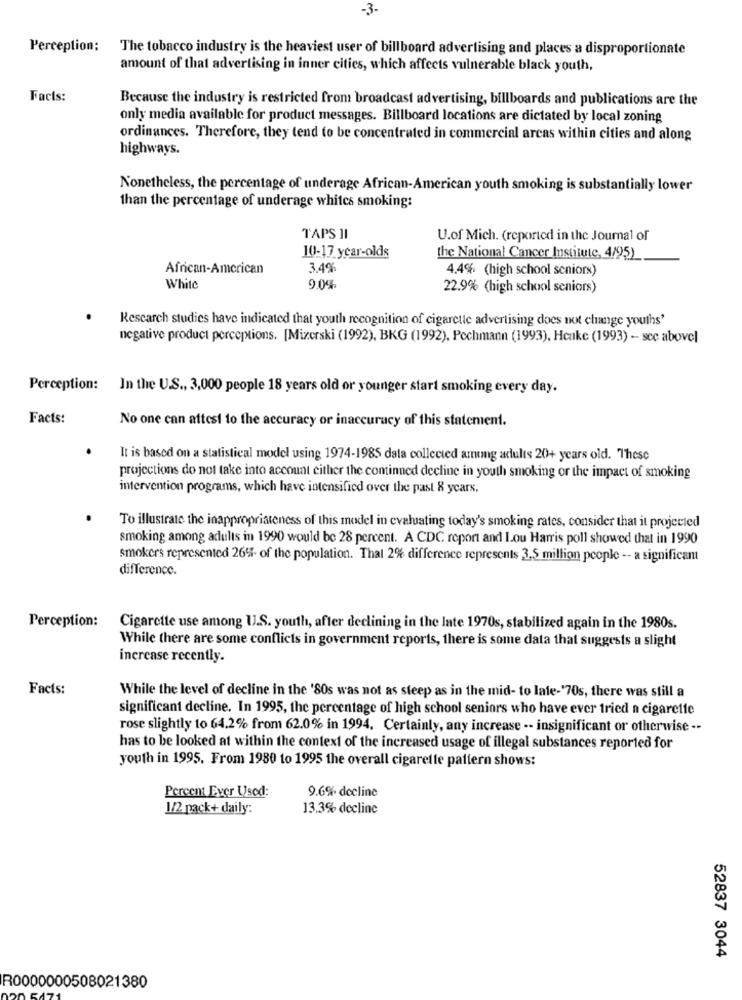
-3.
Perception:
The tobacco industry is the heaviest user of billboard advertising and places a disproportionate
amount of that advertising in inner cities, which affects vulnerable black youth,
Facts:
Because the industry is restricted from broadcast advertising, billboards and publications are the
only media available for product messages. Billboard locations are dictated by local zoning
ordinances. Therefore, they tend to be concentrated in commercial areas within cities and along
highways.
Nonetheless, the percentage of underage African-American youth smoking is substantially lower
than the percentage of underage whites smoking:
TAPS II
U.of Mich. (reported in the Journal of
10-17 year-olds
the National Cancer Institute, 4/95)
African-American
3.4%
4.4% (high school seniors)
White
9.0%
22.9% (high school seniors)
Rescarch studies have indicated that youth recognition of cigarette advertising does not change youths'
negative product perceptions. [Mizerski (1992), BKG (1992), Pochmann (1993), Henke (1993) - see abovel
Perception:
In the U.S ., 3,000 people 18 years old or younger start smoking every day.
Facts:
No one can attest to the accuracy or inaccuracy of this statement.
It is based on a statistical model using 1974-1985 data collected among adults 20+ years old. These
projections do not take into account either the continued decline in youth smoking or the impact of smoking
intervention programs, which have intensified over the past 8 years.
To illustrate the inappropriateness of this model in evaluating today's smoking rates, consider that it projected
smoking among adults in 1990 would be 28 percent. A CDC report and Lou Harris poll showed that in 1990
smokers represented 264% of the population. That 2% difference represents 3.5 million people -- a significant
difference.
Perception:
Cigarette use among U.S. youth, after declining in the Inte 1970s, stabilized again in the 1980s.
While there are some conflicts in government reports, there is some data that suggests a slight
increase recently.
Facts:
While the level of decline in the '80s was not as steep as in the mid- to late-'70s, there was still a
significant decline. In 1995, the percentage of high school seniors who have ever tried a cigarette
rose slightly to 64.2% from 62.0% in 1994. Certainly, any increase -- insignificant or otherwise --
has to be looked at within the context of the increased usage of illegal substances reported for
youth in 1995. From 1980 to 1995 the overall cigarette pattern shows:
9.6% decline
Percent Ever Used:
1/2 pack+ daily:
13.3% decline
52837 3044
R0000000508021380